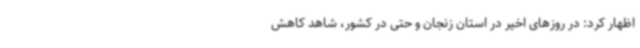
اظهار کرد: در روزهای اخیر در استان زنجان و حتی در کشور، شاهد کاهش